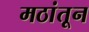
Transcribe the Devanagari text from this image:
मठांतून